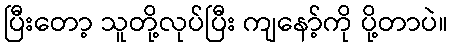
ပြီးတော့ သူတို့လုပ်ပြီး ကျနော့်ကို ပို့တာပဲ။